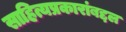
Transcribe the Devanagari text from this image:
साहित्यप्रकारांबद्दल